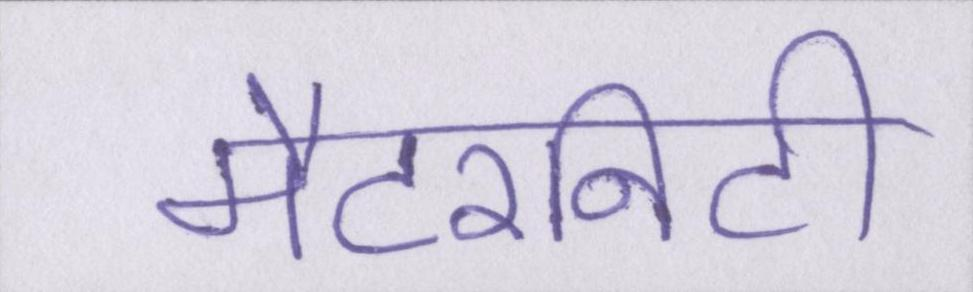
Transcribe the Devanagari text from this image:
मैटरनिटी